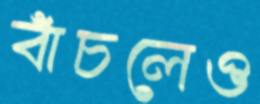
বাঁচলেও